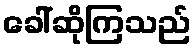
ခေါ်ဆိုကြသည်